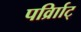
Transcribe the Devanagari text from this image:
पर्व्राािट्